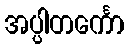
အပ္ပါတင်္ကော